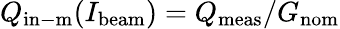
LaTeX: Q_{\mathrm{in-m}}(I_{\mathrm{beam}})=Q_{\mathrm{meas}}/G_{\mathrm{nom}}